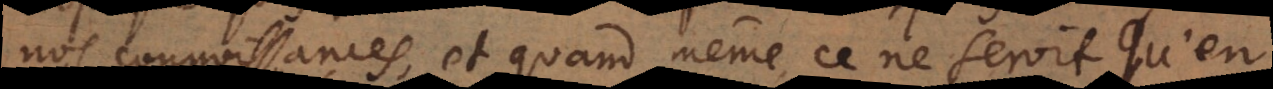
nos connoissances, et quand même ce ne seroit qu’en